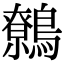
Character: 鷯